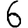
Digit: 6